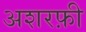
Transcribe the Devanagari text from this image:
अशरफ़ी